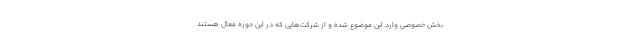
بخش خصوصی وارد این موضوع شده و از شرکت‌هایی که در این حوزه فعال هستند